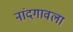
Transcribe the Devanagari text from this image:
नांदगावला